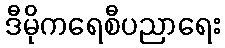
ဒီမိုကရေစီပညာရေး